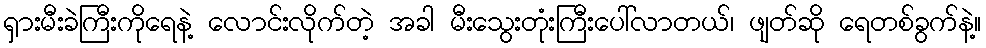
ရှားမီးခဲကြီးကိုရေနဲ့ လောင်းလိုက်တဲ့ အခါ မီးသွေးတုံးကြီးပေါ်လာတယ်၊ ဖျတ်ဆို ရေတစ်ခွက်နဲ့။